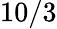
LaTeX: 10/3